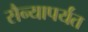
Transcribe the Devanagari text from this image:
सैन्यापर्यंत